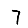
Digit: 7